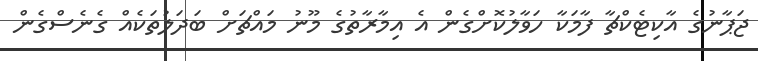
ޖަޕާނުގެ އާކިޓެކްޗާ ފާމަކާ ހަވާލުކޮށްގެން އެ އިމާރާތުގެ މޫނު މައްޗަށް ބަދަލުތަކެެއް ގެނެސްގެން